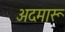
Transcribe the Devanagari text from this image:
अदमारू